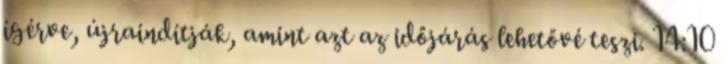
ígérve, újraindítják, amint azt az időjárás lehetővé teszi. 14:10